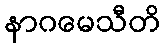
နာဂမေသီတိ